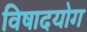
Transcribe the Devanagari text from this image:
विषादयोग